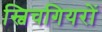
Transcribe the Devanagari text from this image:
स्विचगियरों